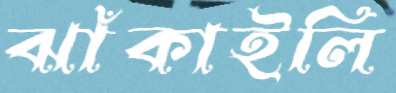
ঝাঁকাইলি